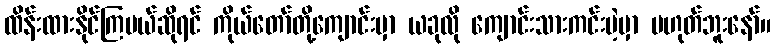
ထိန်းထားနိုင်ကြမယ်ဆိုရင် ကိုယ်တော်တို့ကျောင်းမှာ ယခုလို ကျောင်းသားကင်းမဲ့မှာ မဟုတ်ဘူးနော်။